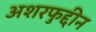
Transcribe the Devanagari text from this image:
अशरफुद्दीन